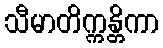
သီမာတိက္ကန္တိကာ